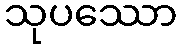
သုပဿော